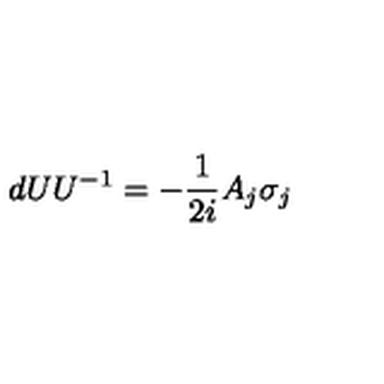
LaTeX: d U U ^ { - 1 } = - { \frac { 1 } { 2 i } } A _ { j } \sigma _ { j }